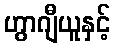
ဟွာဂျီယူနှင့်